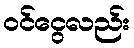
ဝင်ငွေလည်း